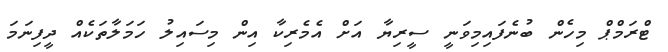
ޓްރަމްޕް މިހެން ބުނެފައިމިވަނީ ސީރިޔާ އަށް އެމެރިކާ އިން މިސައިލު ހަމަލާތަކެއް ދީފިނަމަ